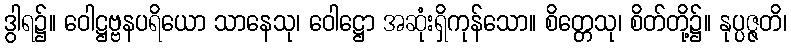
ဒွါရ၌။ ဝေါဋ္ဌဗ္ဗနပရိယော သာနေသု၊ ဝေါဋ္ဌော အဆုံးရှိကုန်သော။ စိတ္တေသု၊ စိတ်တို့၌။ နုပ္ပဇ္ဇတိ၊